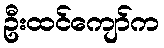
ဦးထင်ကျော်က